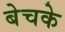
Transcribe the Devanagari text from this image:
बेचके